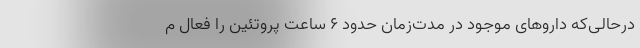
درحالی‌که داروهای موجود در مدت‌زمان حدود ۶ ساعت پروتئین را فعال م